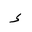
Letter: _hamza